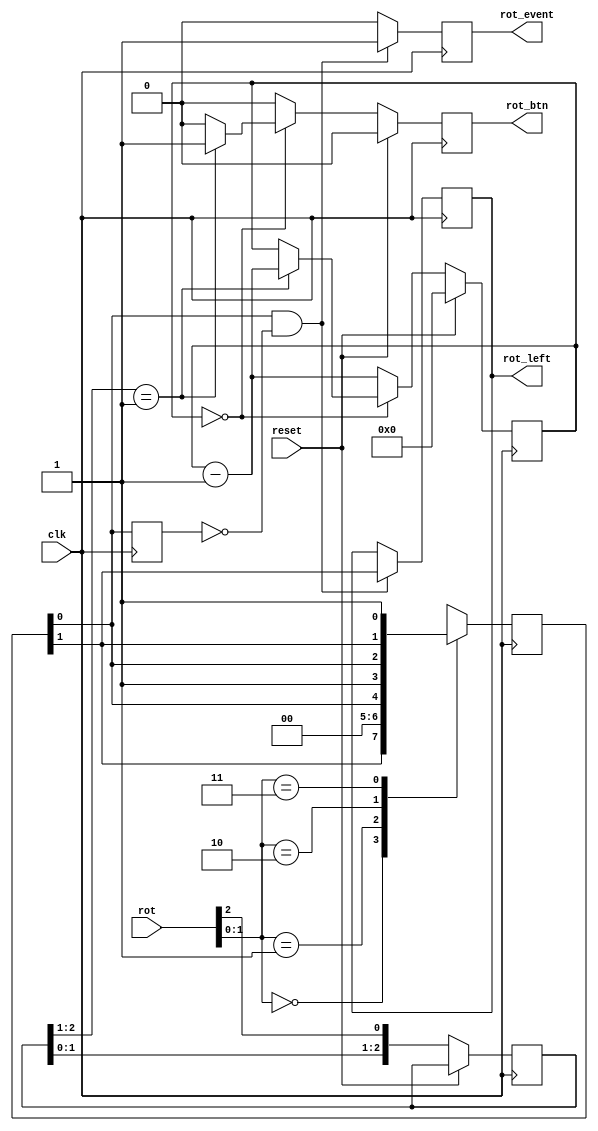
//----------------------------------------------------------------------------
// Decode rotary encoder to clk-syncronous signals
//
// (c) Joerg Bornschein (<jb@capsec.org>)
//----------------------------------------------------------------------------

module rotary (
	input        clk,
	input        reset,
	input [2:0]  rot,
	//
	output reg   rot_btn,
	output reg   rot_event,
	output reg   rot_left
);

//----------------------------------------------------------------------------
// decode rotary encoder
//----------------------------------------------------------------------------
reg [1:0] rot_q;

always @(posedge clk)
begin
	case (rot[1:0])
		2'b00: rot_q <= { rot_q[1], 1'b0 };
		2'b01: rot_q <= { 1'b0, rot_q[0] };
		2'b10: rot_q <= { 1'b1, rot_q[0] };
		2'b11: rot_q <= { rot_q[1], 1'b1 };
	endcase
end

reg [1:0] rot_q_delayed;

always @(posedge clk)
begin
	rot_q_delayed <= rot_q;

	if (rot_q[0] && ~rot_q_delayed[0]) begin
		rot_event <= 1;
		rot_left  <= rot_q[1];
	end else
		rot_event <= 0;
end

//----------------------------------------------------------------------------
// debounce push button (rot[2])
//----------------------------------------------------------------------------
reg [2:0]  rot_d;
reg [15:0] dead_count;

always @(posedge clk)
begin
	if (reset) begin
		rot_btn    <= 0;
		dead_count <= 0;
	end else begin
		rot_btn <= 1'b0;
		rot_d   <= { rot_d[1:0], rot[2] };

		if (dead_count == 0) begin
			if ( rot_d[2:1] == 2'b01 ) begin
				rot_btn    <= 1'b1;
				dead_count <= dead_count - 1;
			end
		end else
			dead_count <= dead_count - 1;
	end
end

endmodule